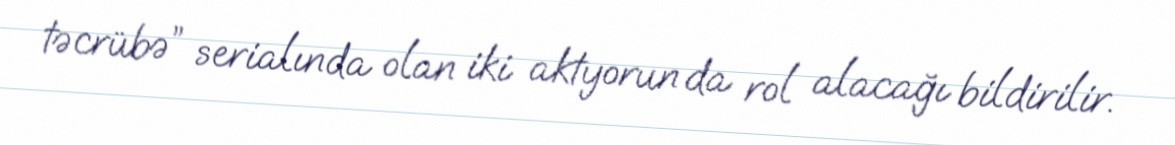
təcrübə” serialında olan iki aktyorun da rol alacağı bildirilir.